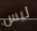
ليس